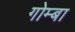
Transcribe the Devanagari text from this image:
गोम्बा